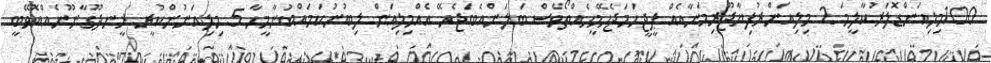
100މިލިއަންޑޮލަރުކާލީމަ 2 މިލިއަންރުފިޔާޖޫރިމަނާއެއް ޕީޖީހަމަޖެހޭމީހެއްތޯވެސް ބަލަންއެބަޖެހޭ އެއްމިލިއަން ލިބުނުކަމައްބުނާމީހާ 5 މިލިއަނުންކުރީ ރީނދޫގާނޫނެއްއޮވޭބީ